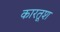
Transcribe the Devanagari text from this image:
कारतूश